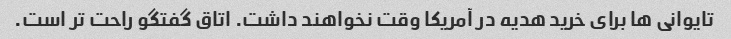
تایوانی ها برای خرید هدیه در آمریکا وقت نخواهند داشت. اتاق گفتگو راحت تر است.